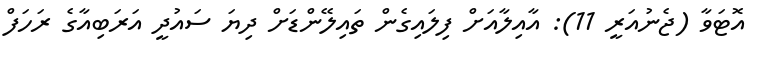
އޮޓަވާ (ޖެނުއަރީ 11): އާއިލާއަށް ފިލައިގެން ތައިލޭންޑަށް ދިޔަ ސައުދީ އަރަބިއާގެ ރަހަފް